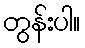
တွန်းပါ။